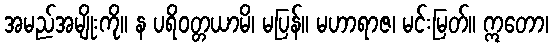
အမည်အမျိုးကို။ န ပရိဝတ္တယာမိ၊ မပြန်။ မဟာရာဇ၊ မင်းမြတ်။ ဣတော၊